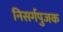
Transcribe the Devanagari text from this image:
निसर्गपुजक